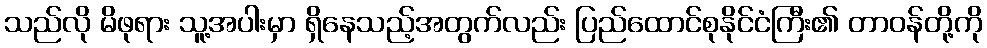
သည်လို မိဖုရား သူ့အပါးမှာ ရှိနေသည့်အတွက်လည်း ပြည်ထောင်စုနိုင်ငံကြီး၏ တာဝန်တို့ကို